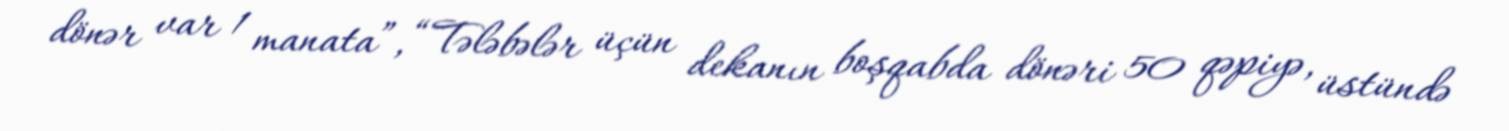
dönər var 1 manata”, “Tələbələr üçün dekanın boşqabda dönəri 50 qəpiyə, üstündə